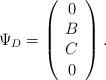
LaTeX: \begin{align*}\Psi_D =\left( \begin{array}{c}0\\B\\C\\0\end{array} \right).\end{align*}